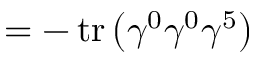
= - \operatorname { t r } \left( \gamma ^ { 0 } \gamma ^ { 0 } \gamma ^ { 5 } \right)